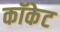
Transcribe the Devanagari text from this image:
कॉकेट